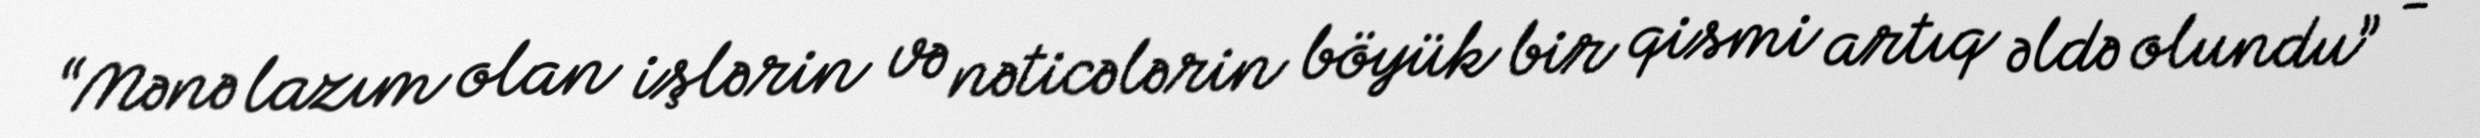
“Mənə lazım olan işlərin və nəticələrin böyük bir qismi artıq əldə olundu” -